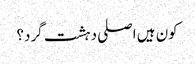
کون ہیں اصلی دہشت گرد؟